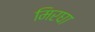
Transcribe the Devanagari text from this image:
मिरघा